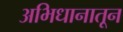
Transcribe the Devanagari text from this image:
अभिधानातून